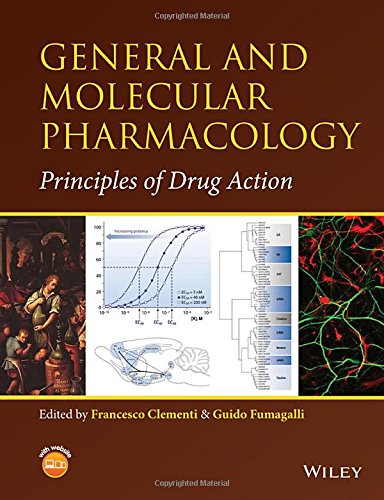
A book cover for General and Molecular Pharmacology: Principles of Drug Action; Medical Books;